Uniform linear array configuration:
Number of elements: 48
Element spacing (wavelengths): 0.75
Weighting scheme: blackman
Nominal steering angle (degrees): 45
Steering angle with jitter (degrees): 43.325
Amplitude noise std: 0.05
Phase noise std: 0.05

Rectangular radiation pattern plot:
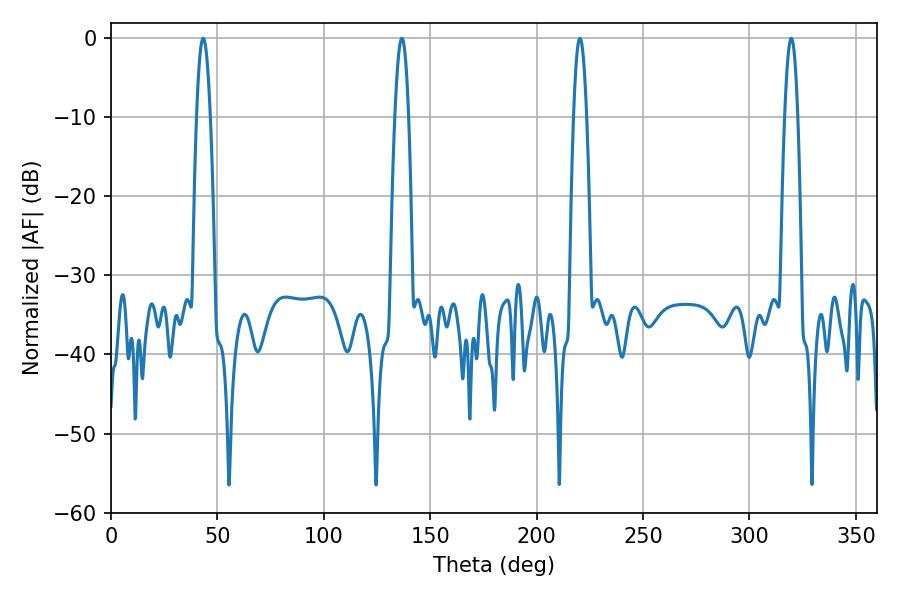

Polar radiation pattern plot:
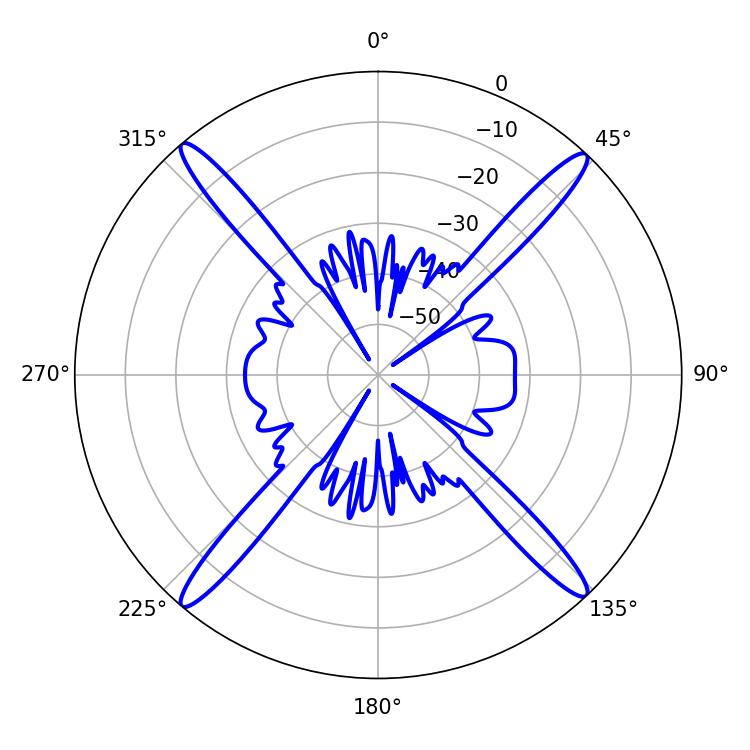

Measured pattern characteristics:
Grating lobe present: TRUE
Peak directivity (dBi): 23.351
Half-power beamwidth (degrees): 3.24
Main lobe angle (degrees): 220.32